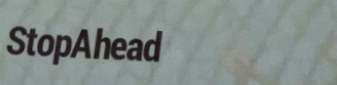
StopAhead